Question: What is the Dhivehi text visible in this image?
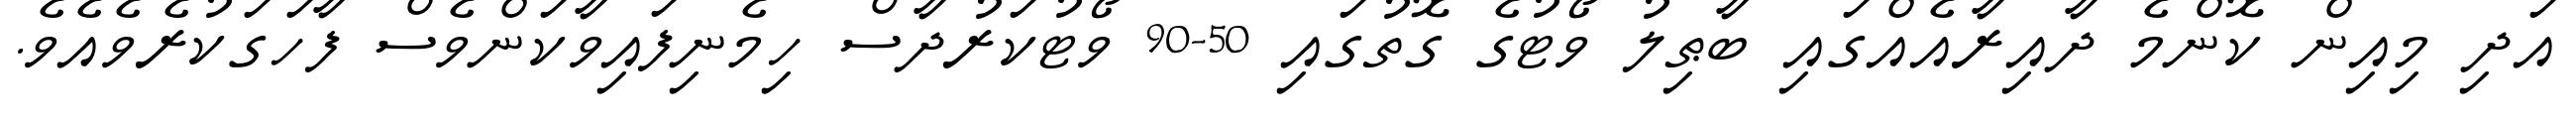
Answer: އަދި މިއިން ކޮންމެ ދާއިރާއެއްގައި ބާޠިލު ވޯޓުގެ ގޮތުގައި 50-90 ވޯޓުކަރުދާސް ހިމެނިފައިވާކަންވެސް ފާހަގަކުރެވެއެވެ.